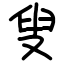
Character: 叟